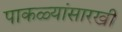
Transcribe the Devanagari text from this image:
पाकळ्यांसारखी